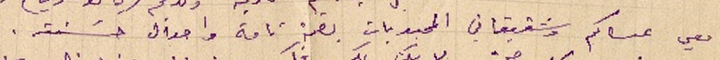
معي عساكم وشقيقاتي المحبوبات بصحة تامة واحوال حسَنة.